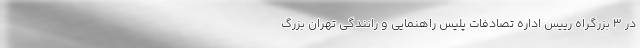
در ۳ بزرگراه رییس اداره تصادفات پلیس راهنمایی و رانندگی تهران بزرگ